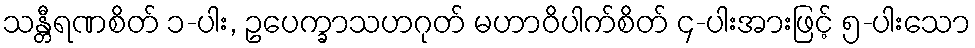
သန္တီရဏစိတ် ၁-ပါး, ဥပေက္ခာသဟဂုတ် မဟာဝိပါက်စိတ် ၄-ပါးအားဖြင့် ၅-ပါးသော